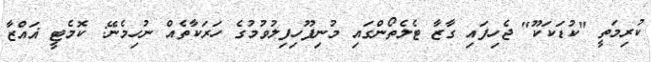
ކުރިމަތީ "ކުޑަކަކޫ" ޖެހިފައި ގާޒާ ޓެލެތޯންގައި މުނިފޫހިފިލުވުމުގެ ހަރަކާތެއް ނުހިމެނޭ: ކޮމެޓީ ޣައްޒާ